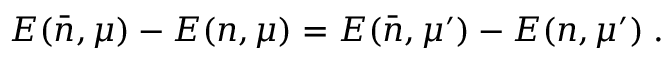
E ( \bar { n } , \mu ) - E ( n , \mu ) = E ( \bar { n } , \mu ^ { \prime } ) - E ( n , \mu ^ { \prime } ) \; .